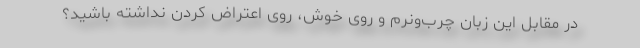
در مقابلِ این زبانِ چرب‌ونرم و روی خوش، رویِ اعتراض کردن نداشته باشید؟